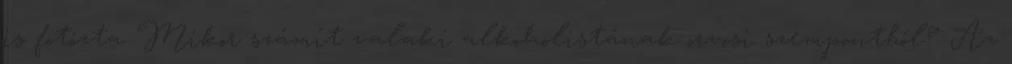
is fotózta Mikor számít valaki alkoholistának orvosi szempontból? Az